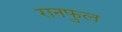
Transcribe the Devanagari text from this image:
रानफुल